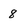
Character: 8